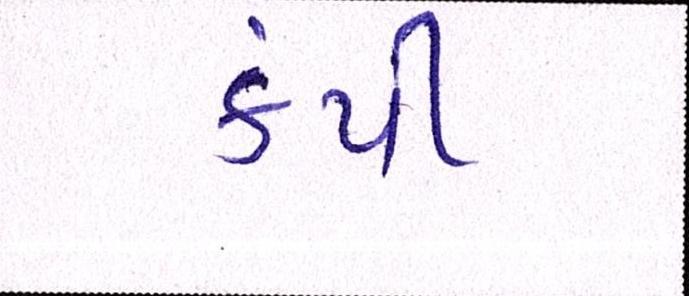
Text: કંપી